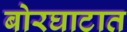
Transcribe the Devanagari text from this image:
बोरघाटात